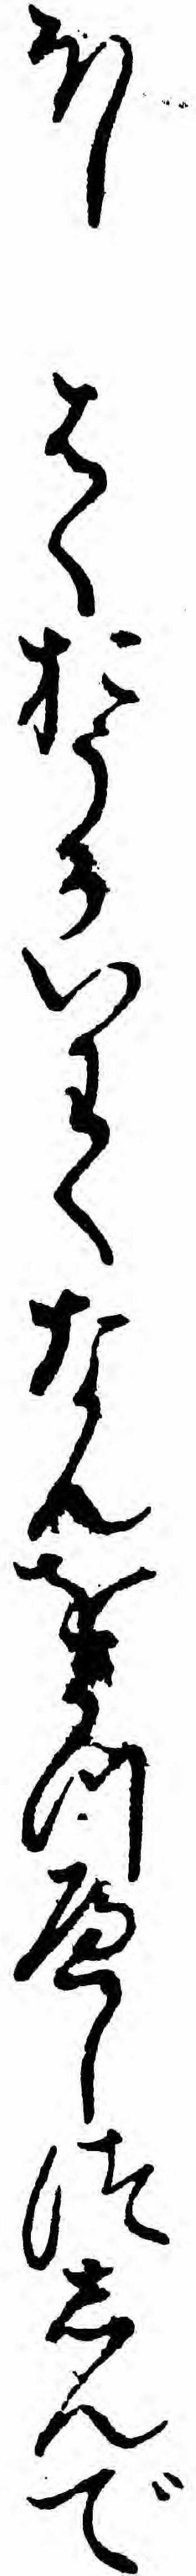
ほしはくおうかいわくなんをうつへしつしんで